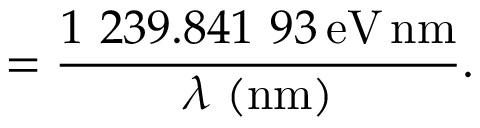
= { \frac { 1 \ 2 3 9 . 8 4 1 \ 9 3 \, { \mathrm { e V } } \, { \mathrm { n m } } } { \lambda \ { \mathrm { ( n m ) } } } } .